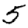
Digit: 5